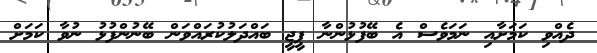
ދެއްވި ކަމަށާއި ނަމަވެސް އެ ބޭފުޅުންނާ ޕީޖީ ބައްދަލުކުރައްވަން ބޭނުންފުޅު ނުވާ ކަމަށް